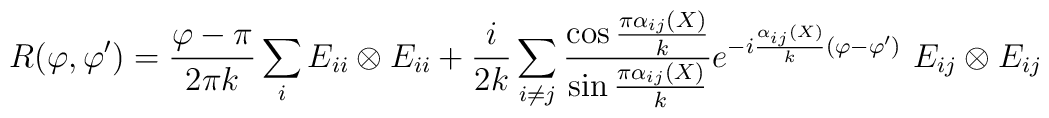
R(\varphi,\varphi')=\frac{\varphi-\pi}{2\pi k}\sum_{i}E_{ii}\otimes E_{ii}+\frac{i}{2k}\sum_{i\neq j}\frac{\cos{\frac{\pi\alpha_{ij}(X)}{k}}}{\sin{\frac{\pi\alpha_{ij}(X)}{k}}}e^{-i\frac{\alpha_{ij}(X)}{k}(\varphi-\varphi')}~E_{ij}\otimes E_{ij}